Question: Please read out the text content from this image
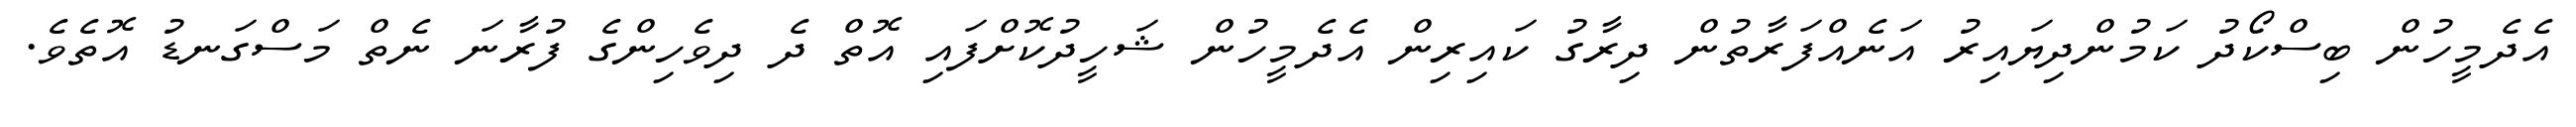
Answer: އެދެމީހުން ބިސްކޯދު ކަމުންދިޔައިރު އަނެއްފަރާތުން ދިރާގު ކައިރިން އެދެމީހުން ޝަހީދުކޮށްފައި އޮތް ދެ ދިވެހިންގެ ފުރާނަ ނެތް މަސްގަނޑު އޮތެވެ.